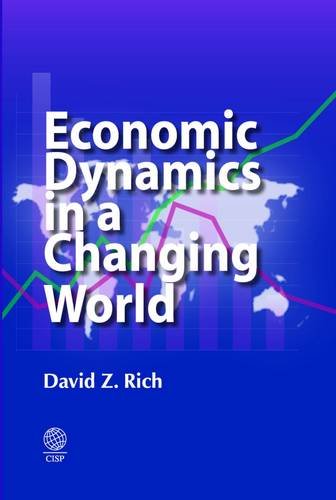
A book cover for Economic Dynamics in a Changing World; David Z. Rich; Business & Money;